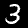
Digit: 3